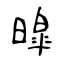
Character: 暭